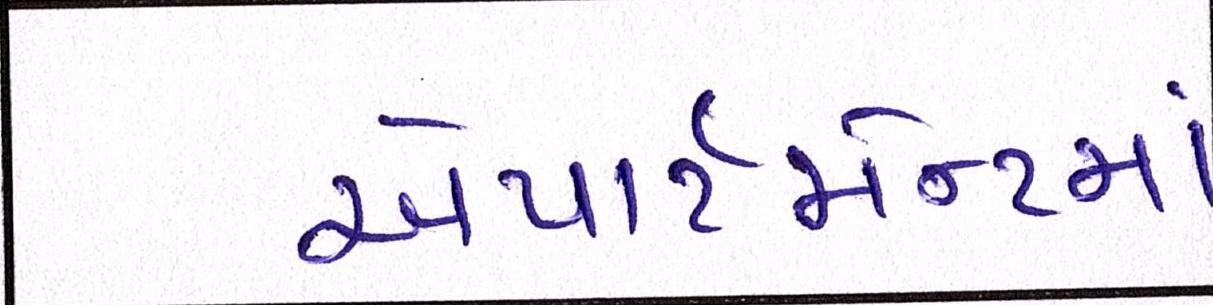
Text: એપાર્ટમેન્ટમાં